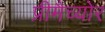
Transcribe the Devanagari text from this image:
प्रीमैच्योर